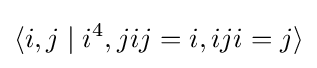
\langle i,j\mid i^{4},jij=i,iji=j\rangle